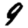
Digit: 9